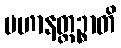
ပဟာနတ္ထဉ္စာတိ